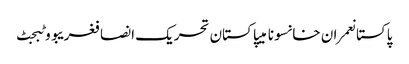
پاکستانعمران خانسونامیپاکستان تحریک انصافغریبووٹبجٹ